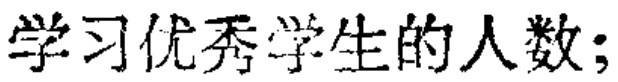
学习优秀学生的人数;